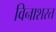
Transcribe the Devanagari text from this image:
विनाशरत